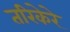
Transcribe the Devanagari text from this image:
तरिकेरे